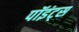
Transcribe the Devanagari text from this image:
पॉइंट्‌स